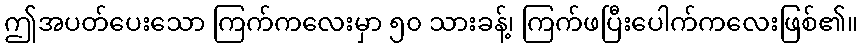
ဤအပတ်ပေးသော ကြက်ကလေးမှာ ၅၀ သားခန့်၊ ကြက်ဖပြီးပေါက်ကလေးဖြစ်၏။